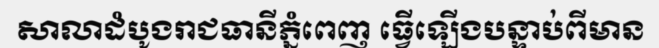
សាលាដំបូងរាជធានីភ្នំពេញ ធ្វើឡើងបន្ទាប់ពីមាន